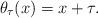
LaTeX: \begin{align*} \theta_{\tau}(x) = x+\tau. \end{align*}